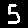
Digit: 5